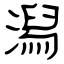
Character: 潟